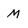
Character: m